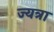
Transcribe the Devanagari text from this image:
ज्यत्रा